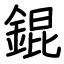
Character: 錕